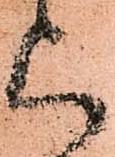
上